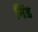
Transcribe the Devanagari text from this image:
निंड